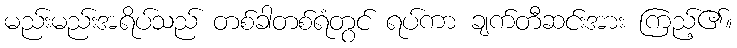
မည်းမည်းအရိပ်သည် တစ်ခါတစ်ရံတွင် ရပ်ကာ ချက်တီဆင်းအား ကြည့်၏။